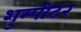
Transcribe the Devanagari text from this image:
शुम्पीटर